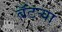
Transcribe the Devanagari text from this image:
बॅटर्‍या